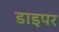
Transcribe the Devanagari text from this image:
डाइपर